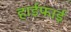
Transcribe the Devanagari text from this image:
हाईफाई